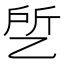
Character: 乺